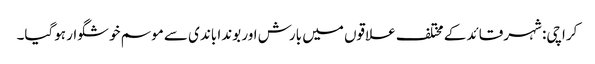
کراچی: شہرقائد کے مختلف علاقوں میں بارش اور بوندا باندی سے موسم خوشگوار ہوگیا۔